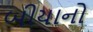
બીયાનો